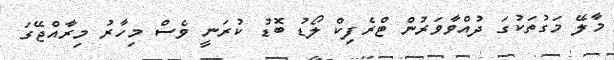
މާލޭ މަގުތަކުގަ ދުއްވާވަރުން ޓްރެފިކް ލޯޑު ބޮޑު ކުރަނީ ވެސް މިހާރު މިރާއްޖޭގަ